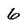
Character: 6